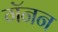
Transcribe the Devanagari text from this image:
गॅनन